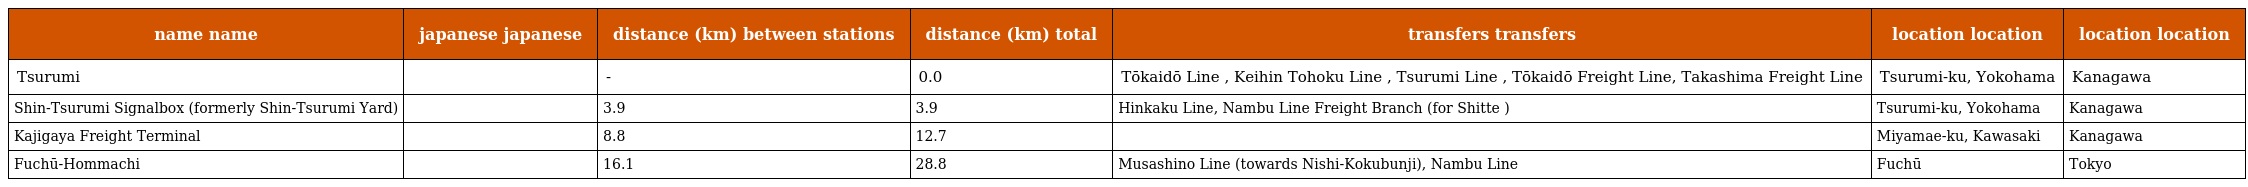
| name name | japanese japanese | distance (km) between stations | distance (km) total | transfers transfers | location location | location location |
 | --- | --- | --- | --- | --- | --- | --- |
 | Tsurumi | 鶴見 | - | 0.0 | Tōkaidō Line , Keihin Tohoku Line , Tsurumi Line , Tōkaidō Freight Line, Takashima Freight Line | Tsurumi-ku, Yokohama | Kanagawa |
 | Shin-Tsurumi Signalbox (formerly Shin-Tsurumi Yard) | 新鶴見信号場 | 3.9 | 3.9 | Hinkaku Line, Nambu Line Freight Branch (for Shitte ) | Tsurumi-ku, Yokohama | Kanagawa |
 | Kajigaya Freight Terminal | 梶ヶ谷貨物ターミナル駅 | 8.8 | 12.7 |  | Miyamae-ku, Kawasaki | Kanagawa |
 | Fuchū-Hommachi | 府中本町 | 16.1 | 28.8 | Musashino Line (towards Nishi-Kokubunji), Nambu Line | Fuchū | Tokyo |